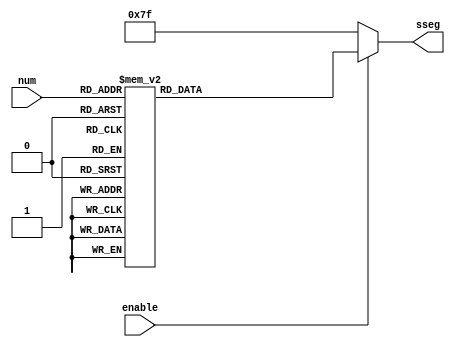
//7-segments display
module SSeg(
	input enable,
	input [3: 0] num,
	output reg [6: 0] sseg);
//CA 7-segments display;
//input: 4-bit wire [4'h0, 4'hF];
//output: connect to the pins of 7-seg;

	always @(*)
		if(enable)
			case (num)
				0: sseg <= 7'h40;
				1: sseg <= 7'h79;
				2: sseg <= 7'h24;
				3: sseg <= 7'h30;
				4: sseg <= 7'h19;
				5: sseg <= 7'h12;
				6: sseg <= 7'h02;
				7: sseg <= 7'h78;
				8: sseg <= 7'h00;
				9: sseg <= 7'h10;
				10: sseg <= 7'h08;
				11: sseg <= 7'h03;
				12: sseg <= 7'h46;
				13: sseg <= 7'h21;
				14: sseg <= 7'h06;
				15: sseg <= 7'h0E;
				default: sseg <= 7'h7F;
			endcase
		else sseg <= 7'h7F;
endmodule